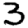
Digit: 3